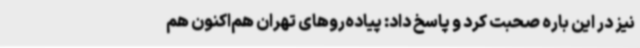
نیز در این باره صحبت کرد و پاسخ داد: پیاده‌روهای تهران هم‌اکنون هم